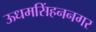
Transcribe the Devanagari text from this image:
ऊधमसिंहननगर